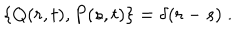
LaTeX: \left\{ Q ( r , t ) , P ( s , t ) \right\} = \delta ( r - s ) \; .